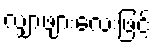
လျှာဖျားလေးဖြင့်